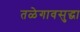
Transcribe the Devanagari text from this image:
तळेगावसुद्धा